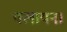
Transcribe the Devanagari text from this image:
पलायन।